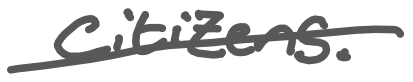
Text: citizens.
Cross-out: single-line
Writing tool: digital_gray